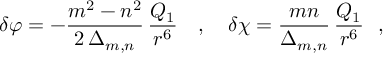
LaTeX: \delta \varphi = - \frac { m ^ { 2 } - n ^ { 2 } } { 2 \, \Delta _ { m , n } } \, \frac { Q _ { 1 } } { r ^ { 6 } } ~ ~ ~ , ~ ~ ~ \delta \chi = \frac { m n } { \Delta _ { m , n } } \, \frac { Q _ { 1 } } { r ^ { 6 } } ~ ~ ,